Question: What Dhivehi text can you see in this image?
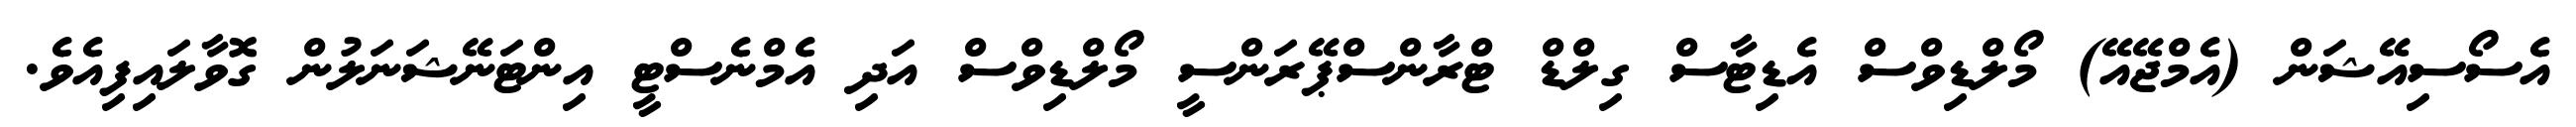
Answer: އެސޯސިއޭޝަން (އެމްޖޭއޭ) މޯލްޑިވްސް އެޑިޓާސް ގިލްޑް ޓްރާންސްޕޭރަންސީ މޯލްޑިވްސް އަދި އެމްނެސްޓީ އިންޓަނޭޝަނަލުން ގޮވާލައިފިއެވެ.